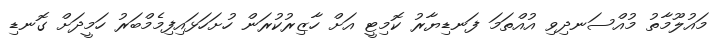
މައުލޫމާތު މުއްސަނދިވި އުއްތަމަ ފަނޑިޔާރު ކޮމިޓީ އަށް ހާޒިރުކުރަން ހުށަހަޅައިފިމެމްބަރު ހަމީދަށް ގޮނޑި